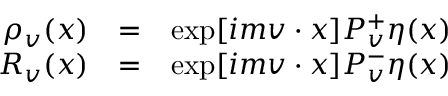
\begin{array} { r c l } { { \rho _ { v } ( x ) } } & { { = } } & { { \exp [ i m v \cdot x ] P _ { v } ^ { + } \eta ( x ) } } \\ { { R _ { v } ( x ) } } & { { = } } & { { \exp [ i m v \cdot x ] P _ { v } ^ { - } \eta ( x ) } } \end{array}